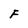
Character: F